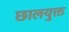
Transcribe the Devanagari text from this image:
छालयुक्त